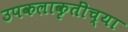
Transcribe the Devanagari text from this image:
उपकलाकृतींच्या